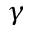
\gamma